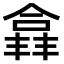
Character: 𫣘